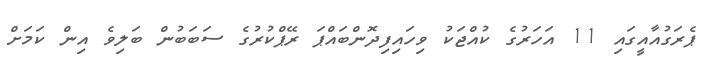
ޕެރަގުއާއީގައި 11 އަހަރުގެ ކުއްޖަކު ވިހައިފިދޮންބައްޕަ ރޭޕްކުރުގެ ސަބަބުން ބަލިވެ އިން ކަމަށް